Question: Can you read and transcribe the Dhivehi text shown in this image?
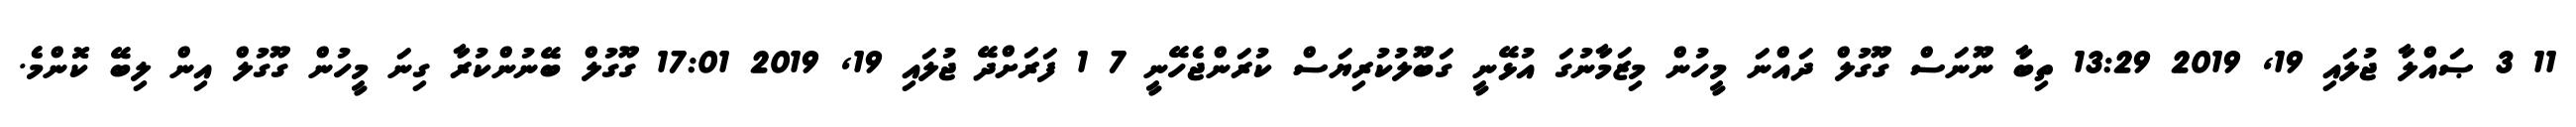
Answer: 11 3 ޞައްލާ ޖުލައި 19, 2019 13:29 ތިބާ ނޫނަސް ގޫގުލް ދައްނަ މީހުން މިޒަމާނުގަ އުޅޭނީ ގަބޫލުކުރިޔަސް ކުރަންޖެހޭނީ 7 1 ފަރަށްދޭ ޖުލައި 19, 2019 17:01 ގޫގުލް ބޭނުންކުރާ ގިނަ މީހުން ގޫގުލް އިން ލިބޭ ކޮންމެ.